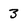
Character: 3